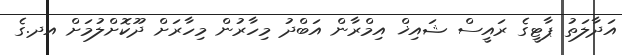
އަދާލަތު ޕާޓީގެ ރައީސް ޝައިޚް އިމްރާން އަބްދު މިހާރުން މިހާރަށް ދޫކޮށްލުމަށް އދ.ގެ